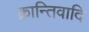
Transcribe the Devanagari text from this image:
क्रान्तिवादि